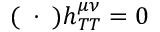
( \mathbf { \partial } \cdot \mathbf { \partial } ) h _ { T T } ^ { \mu \nu } = 0